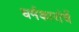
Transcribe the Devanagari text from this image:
धर्मकारांचें